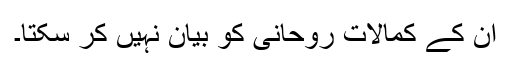
ان کے کمالات روحانی کو بیان نہیں کر سکتا۔